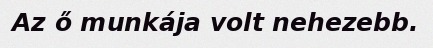
Az ő munkája volt nehezebb.